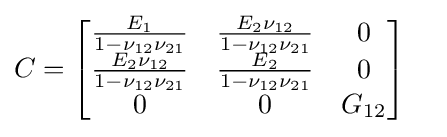
C={\begin{bmatrix}{\tfrac {E_{\rm {1}}}{1-{\nu _{\rm {12}}}{\nu _{\rm {21}}}}}&{\tfrac {E_{\rm {2}}{\nu _{\rm {12}}}}{1-{\nu _{\rm {12}}}{\nu _{\rm {21}}}}}&0\\{\tfrac {E_{\rm {2}}{\nu _{\rm {12}}}}{1-{\nu _{\rm {12}}}{\nu _{\rm {21}}}}}&{\tfrac {E_{\rm {2}}}{1-{\nu _{\rm {12}}}{\nu _{\rm {21}}}}}&0\\0&0&G_{\rm {12}}\\\end{bmatrix}}\quad